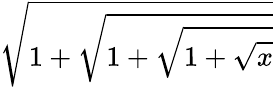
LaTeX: \sqrt{1+\sqrt{1+\sqrt{1+\sqrt{x}}}}